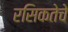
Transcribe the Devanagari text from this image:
रसिकतेचे